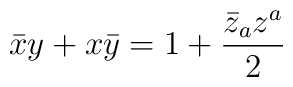
\bar{x} y + x \bar{y} = 1 + \frac{\bar{z}_a z^a}{2}